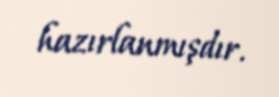
hazırlanmışdır.